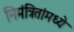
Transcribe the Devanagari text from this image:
निमंत्रितांमध्ये